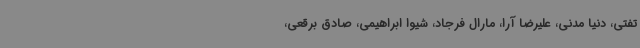
تفتی، دنیا مدنی، علیرضا آرا، مارال فرجاد، شیوا ابراهیمی، صادق برقعی،